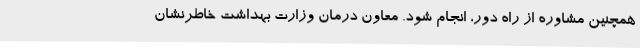
همچنین مشاوره از راه دور، انجام شود. معاون درمان وزارت بهداشت خاطرنشان